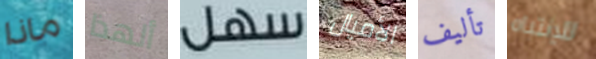
ماذا ألهذا سهل الأميال تأليف للإنتباه